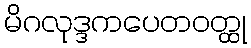
မိဂလုဒ္ဒကပေတဝတ္ထု